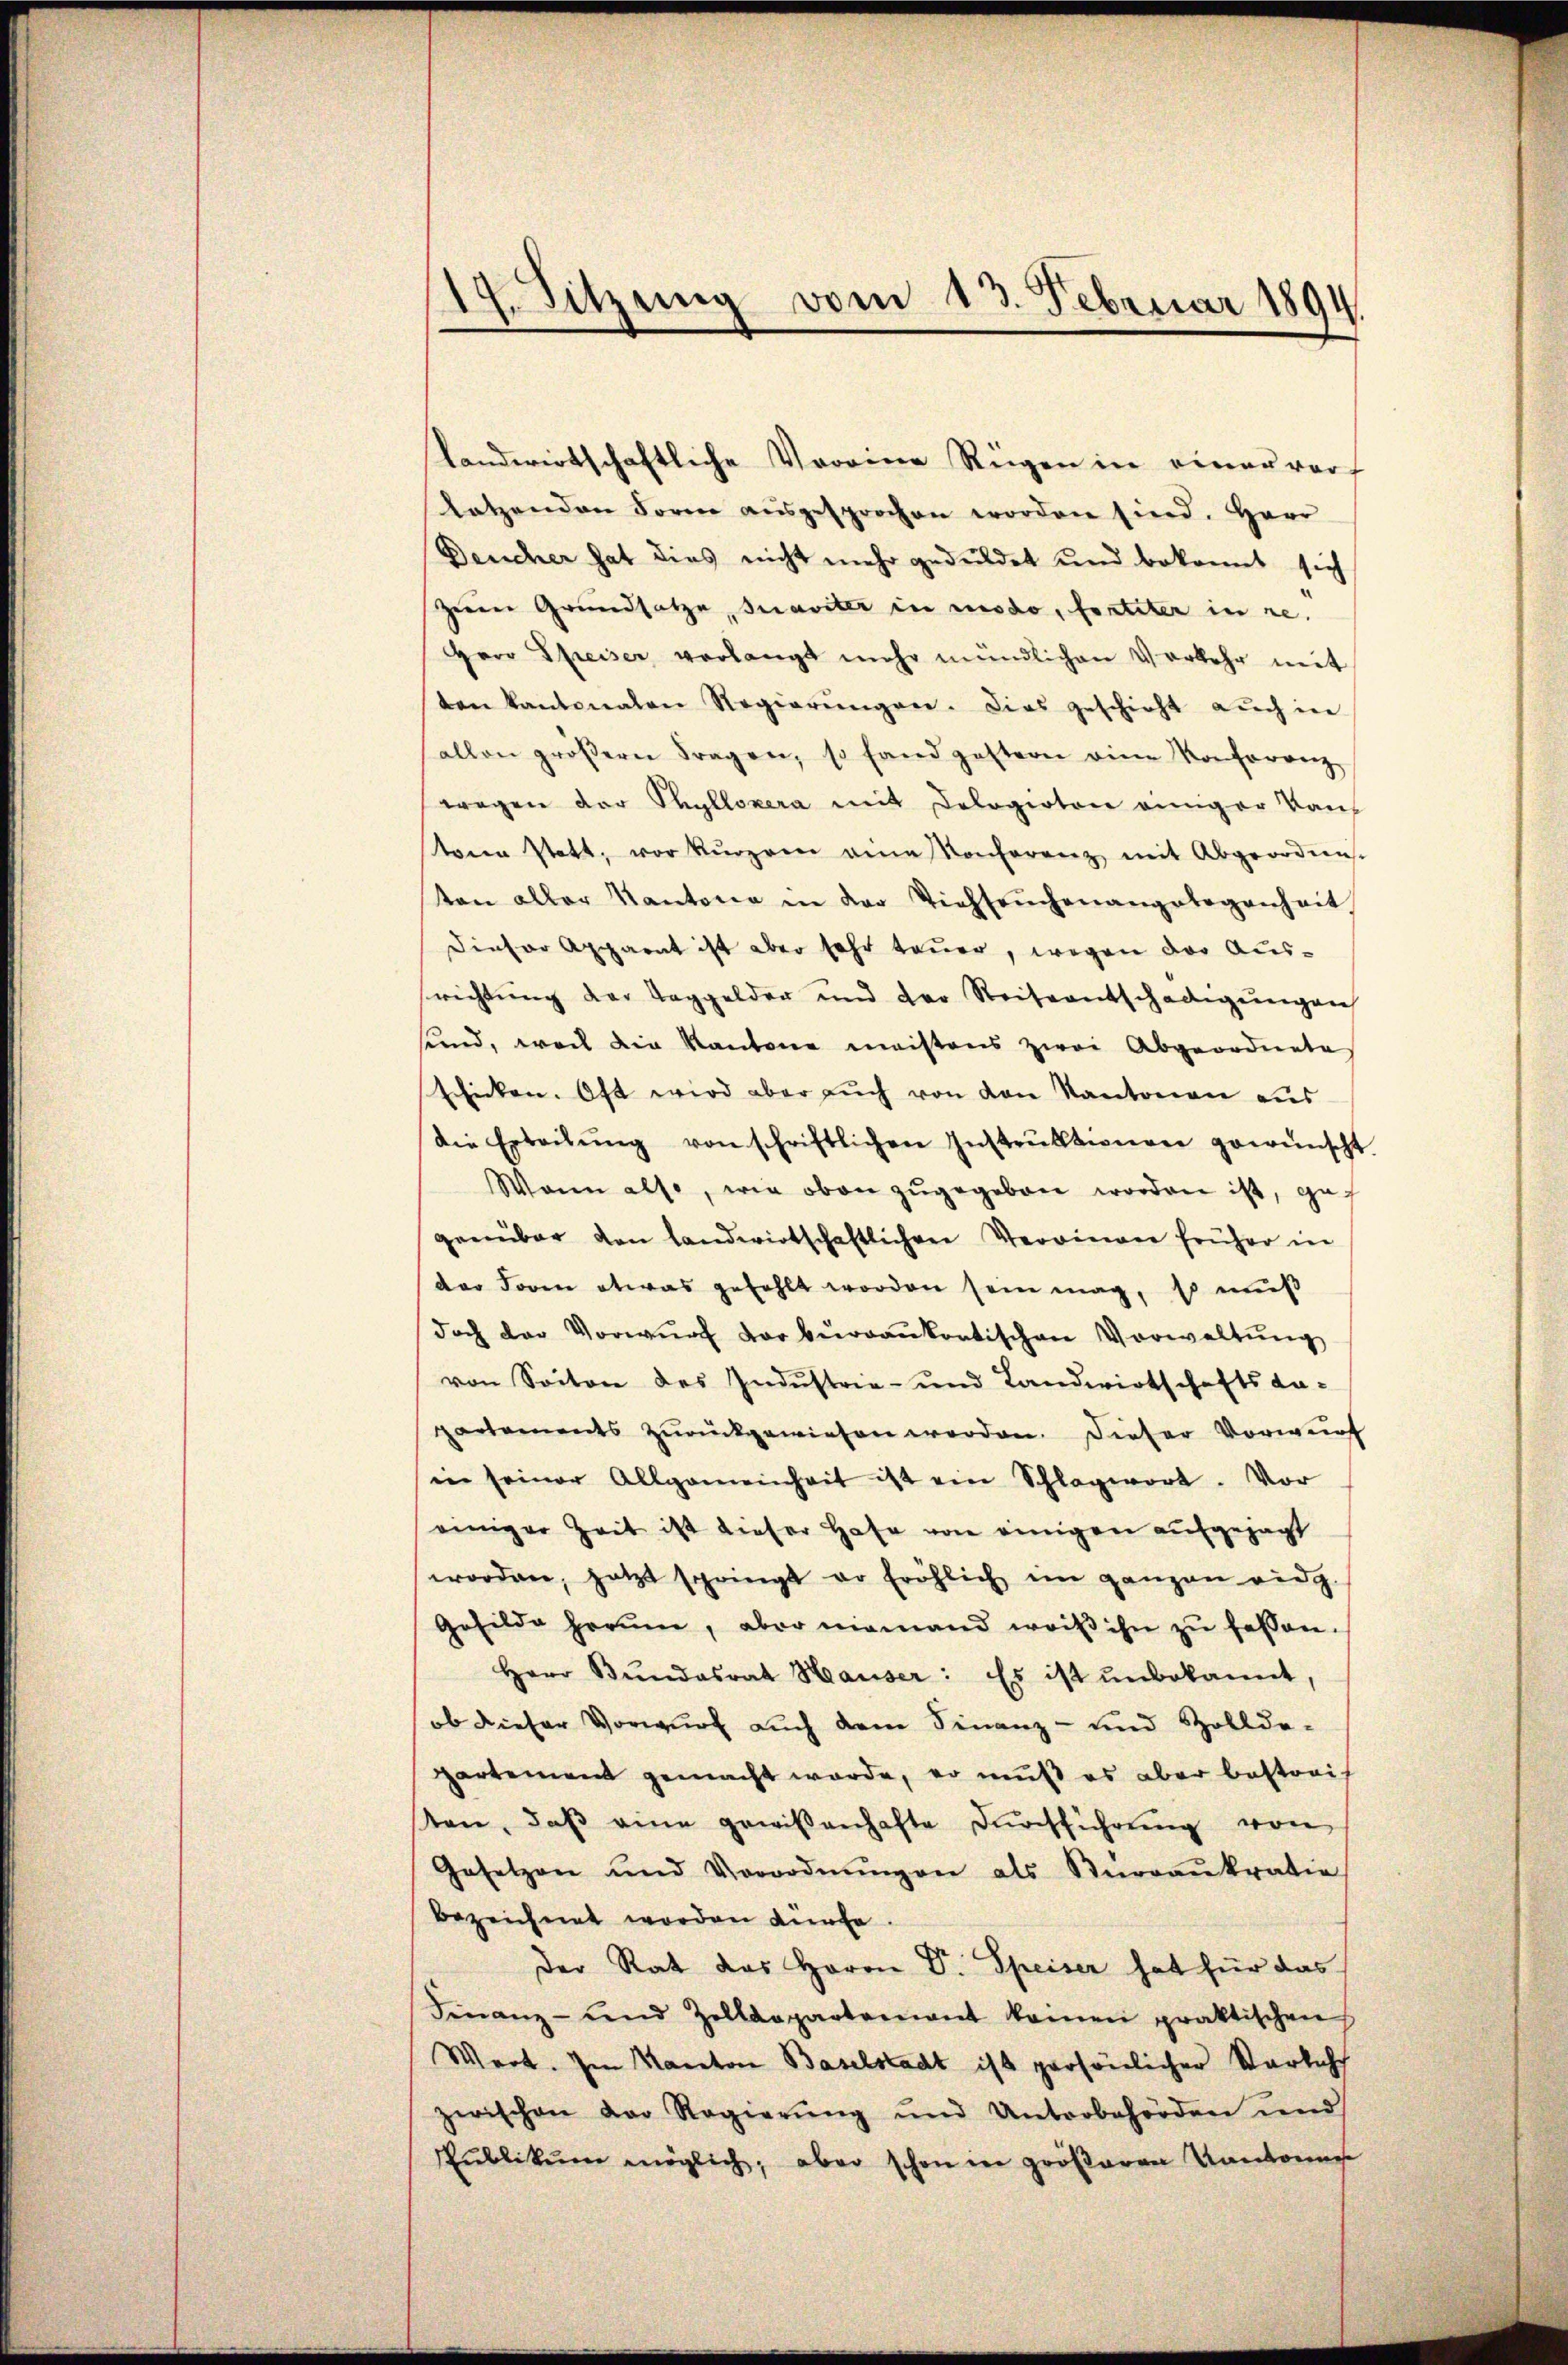
19. Sitzung vom 13. Februar 1894

landwirtschaftliche Voreine Regen in einer vor
Ratzenden Form aŭsgesprochen worden sind. Herr
Deucher hat dies nicht mehr geduldet und bekannt sich
Zeren Grundsatze, Quariter in modo, forteter in re
Herr Spreiser verlangt mehr mündlichen Verkehr mit
ten kantonalen Regierŭngen. Dies geschicht aŭch in
allen gröβern Fragen, so fand gestern eine Konferenz
wagen der Phylloxera mit Cologioten einiger Van
tenen statt, vor kurzen eine Konferenz mit Abgeordnes.
ten aller Kantone in der Viehseuchenangelegenheit
Dieser Apparat ist aber sehr teuer, wegen der Aussrichtŭng der Taggelder und der Reiseentschädigŭngen
sund, weil die Kantone meistens zwei Abgeordnete
Eicken. Oft wird aber aŭch von den Kantonen aus
Die Erteilŭng von schriftlichen Instrŭktionen gewünscht.
Wann also, wie oben zŭgegeben worden ist, gef
genüber den landwirtschaftlichen Verrinen früher in
der Foren etwas gefehlt worden sein mag, so muß
doch der Vorwŭrf vorbergankontischen Vorwaltŭng
von Seiten des Industrie- und Landwirtschafts da-
partements zŭrückgewiesen worden. Dieser Vorwurf
in seiner Allgemeinheit ist ein Schlagwort. Vor
einiger Zeit ist dieser Hafe von einigen aufgejagt
worden, jetzt springt er fröhlich im ganzen eidg.
Gefilde herum, aber niemand weiß ihn zŭ bessen.
Herr Bŭndesrat Hauser: Es ist ŭnbekannt,
ob dieser Vorwurf auch dem Finanz- und Zollde-
partement gemacht werde, so muß es aber bestreiten, daβ eine gewißenhafte Durchführung von
Gesetzen und Verordnŭngen als Sarrankratio
bezeichnet worden dürfe.
Der Rat das Herrn Dr. Speiser hat für das
Finanz- und Zolldepartement keinen praktischen
Wert. Im Kanton Baselstadt ist persönlicher Starlicht
zwischen der Regierŭng und Unterbehörden und
Pŭblikŭm möglich, aber schon in größeren Kantones